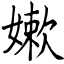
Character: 嫰